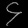
Digit: ၄